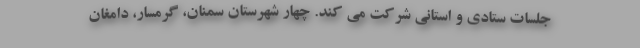
جلسات ستادی و استانی شرکت می کند. چهار شهرستان سمنان، گرمسار، دامغان